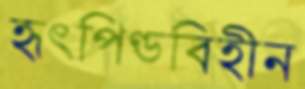
হৃৎপিণ্ডবিহীন